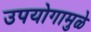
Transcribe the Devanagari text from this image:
उपयोगामुळे